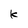
Character: K